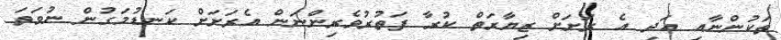
ތަކުންނާއި އަދި އެ ރަށަށް ޒިޔާރަތް ކުރާ ފަތުރުވެރިންނަން އެރަށަށް ކަނޑުމަގުން ނުވަތަ